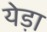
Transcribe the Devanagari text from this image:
येड़ा